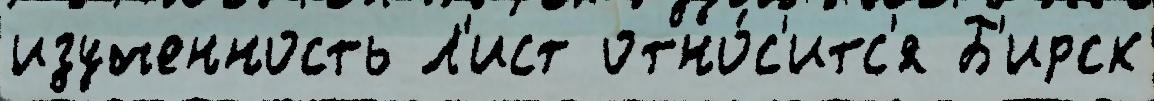
изученность Л'ист отно́с'итс'я Б'ирск